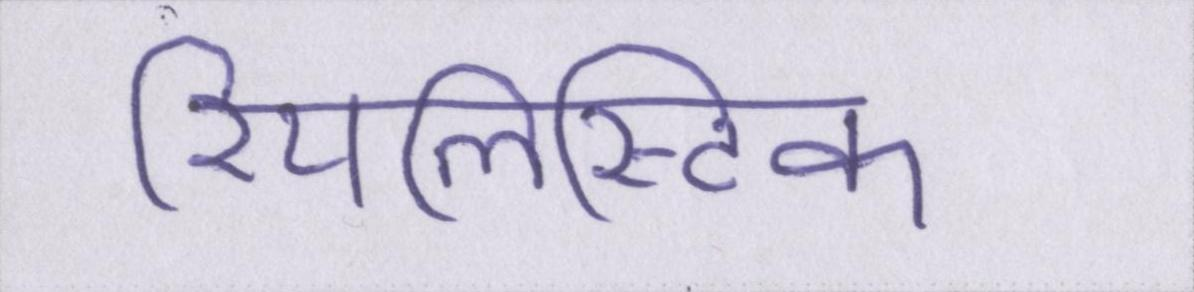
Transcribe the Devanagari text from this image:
रियलिस्टिक